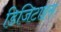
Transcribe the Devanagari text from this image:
डिजिटाइस